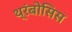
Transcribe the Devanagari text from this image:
थ्रंबोसिस